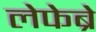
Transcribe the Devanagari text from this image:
लेफेब्रे